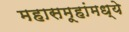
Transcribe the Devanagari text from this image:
महासमूहांमध्ये